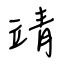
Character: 靖